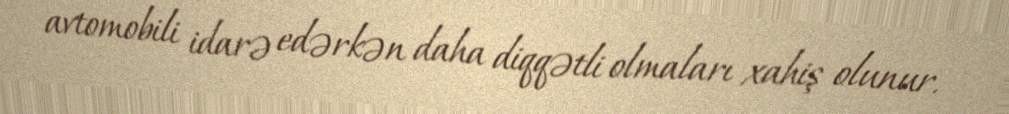
avtomobili idarə edərkən daha diqqətli olmaları xahiş olunur.